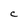
Character: C